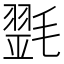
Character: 𣯰